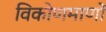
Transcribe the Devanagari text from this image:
विकोणमाणों